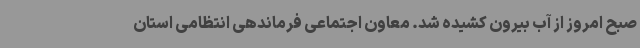
صبح امروز از آب بیرون کشیده شد. معاون اجتماعی فرماندهی انتظامی استان